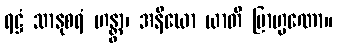
ရဋ္ဌံ သာနုစရံ ဟန္တွာ၊ အနီဃော ယာတိ ဗြာဟ္မဏော။